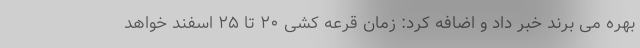
بهره می برند خبر داد و اضافه کرد: زمان قرعه کشی ۲۰ تا ۲۵ اسفند خواهد